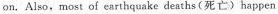
on, Also, most oi earthquake deaths (死亡)happen